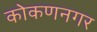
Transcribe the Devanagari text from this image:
कोकणनगर